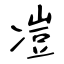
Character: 凒